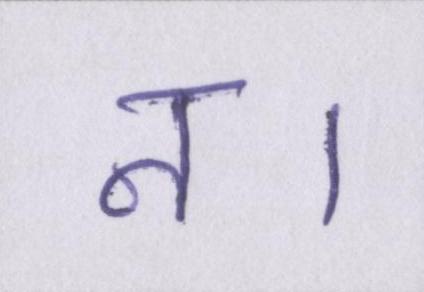
न।